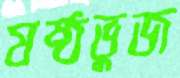
ষষ্ঠভুজ